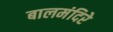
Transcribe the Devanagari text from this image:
बालमंदिरे